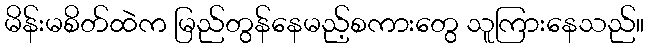
မိန်းမစိတ်ထဲက မြည်တွန်နေမည့်စကားတွေ သူကြားနေသည်။